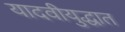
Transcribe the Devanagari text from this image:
यादवीयुद्धात